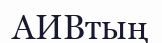
АИВтың